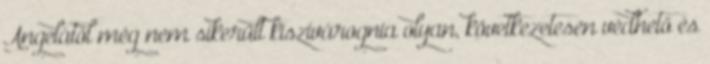
Angelától még nem sikerült kiszivárognia olyan, következetesen védhető és